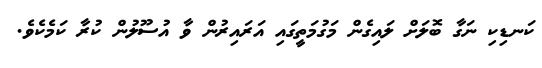
ކަނޑިކި ނަގާ ބޮލަށް ލައިގެން މަގުމަތީގައި އަރައިރުން ވާ އުސޫލުން ކުރާ ކަމެކެވެ.